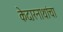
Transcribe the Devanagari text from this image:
केदारनाथांचा